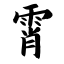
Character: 霄